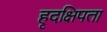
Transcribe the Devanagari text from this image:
हृदक्षिपता